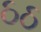
ઠઠ